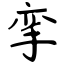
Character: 挛